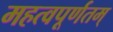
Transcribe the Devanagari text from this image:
महत्वपूर्णतम्